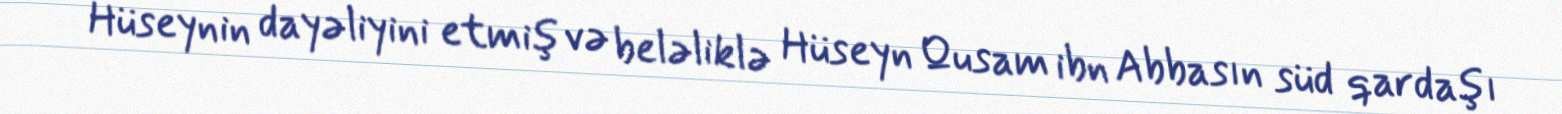
Hüseynin dayəliyini etmiş və beləliklə Hüseyn Qusam ibn Abbasın süd qardaşı